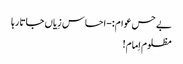
بے حس عوام:-احساس زِیاں جاتا رہا
مظلوم اِمام!